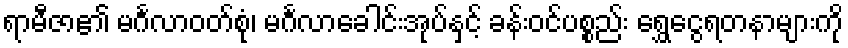
ရာမီဇာ၏ မင်္ဂလာဝတ်စုံ၊ မင်္ဂလာခေါင်းအုပ်နှင့် ခန်းဝင်ပစ္စည်း ရွှေငွေရတနာများကို